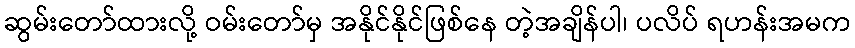
ဆွမ်းတော်ထားလို့ ဝမ်းတော်မှ အနိုင်နိုင်ဖြစ်နေ တဲ့အချိန်ပါ၊ ပလိပ် ရဟန်းအမက